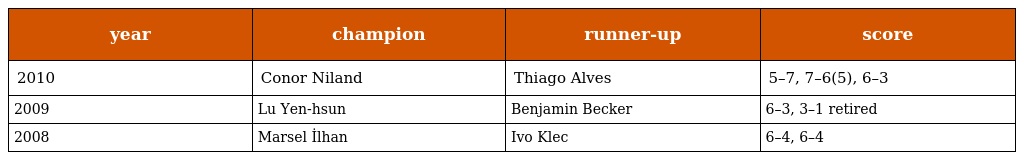
| year | champion | runner-up | score |
 | --- | --- | --- | --- |
 | 2010 | Conor Niland | Thiago Alves | 5–7, 7–6(5), 6–3 |
 | 2009 | Lu Yen-hsun | Benjamin Becker | 6–3, 3–1 retired |
 | 2008 | Marsel İlhan | Ivo Klec | 6–4, 6–4 |